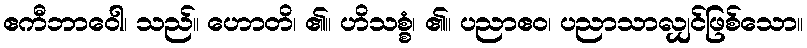
ဧကီဘာဝေါ၊ သည်။ ဟောတိ၊ ၏။ ဟိသစ္စံ၊ ၏။ ပညာဧဝ၊ ပညာသာလျှင်ဖြစ်သော။